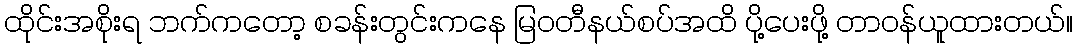
ထိုင်းအစိုးရ ဘက်ကတော့ စခန်းတွင်းကနေ မြဝတီနယ်စပ်အထိ ပို့ပေးဖို့ တာဝန်ယူထားတယ်။